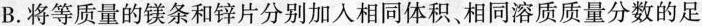
B.将等质量的镁条和锌片分别加入相同体积、相同溶质质量分数的足